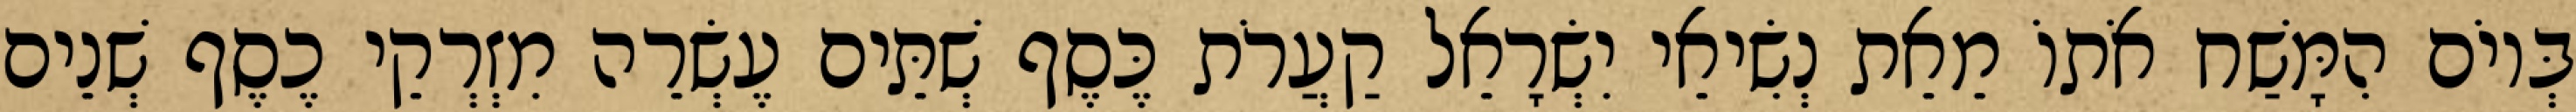
בְּיוֹם הִמָּשַׁח אֹתוֹ מֵאֵת נְשִׂיאֵי יִשְׂרָאֵל קַעֲרֹת כֶּסֶף שְׁתֵּים עֶשְׂרֵה מִזְרְקֵי כֶסֶף שְׁנֵים